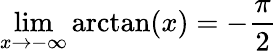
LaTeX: \operatorname*{lim}_{x\rightarrow-\infty}\arctan(x)=-{\frac{\pi}{2}}